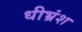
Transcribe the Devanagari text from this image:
धीभ्रंश